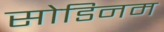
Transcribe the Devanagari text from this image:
सोडिनम